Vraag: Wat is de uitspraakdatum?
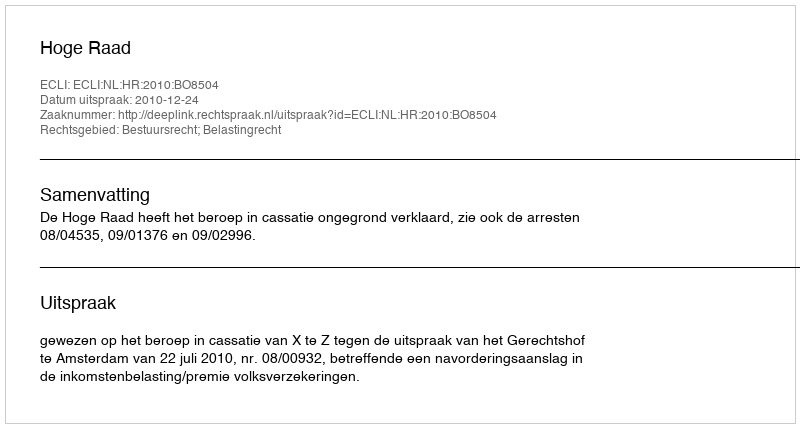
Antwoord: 2010-12-24